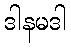
ဒါနမဒါ